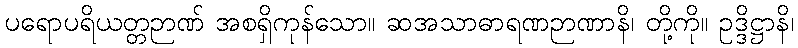
ပရောပရိယတ္တဉာဏ် အစရှိကုန်သော။ ဆအသာဓာရဏဉာဏာနိ၊ တို့ကို။ ဥဒ္ဒိဋ္ဌာနိ၊